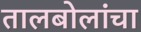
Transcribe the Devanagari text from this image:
तालबोलांचा